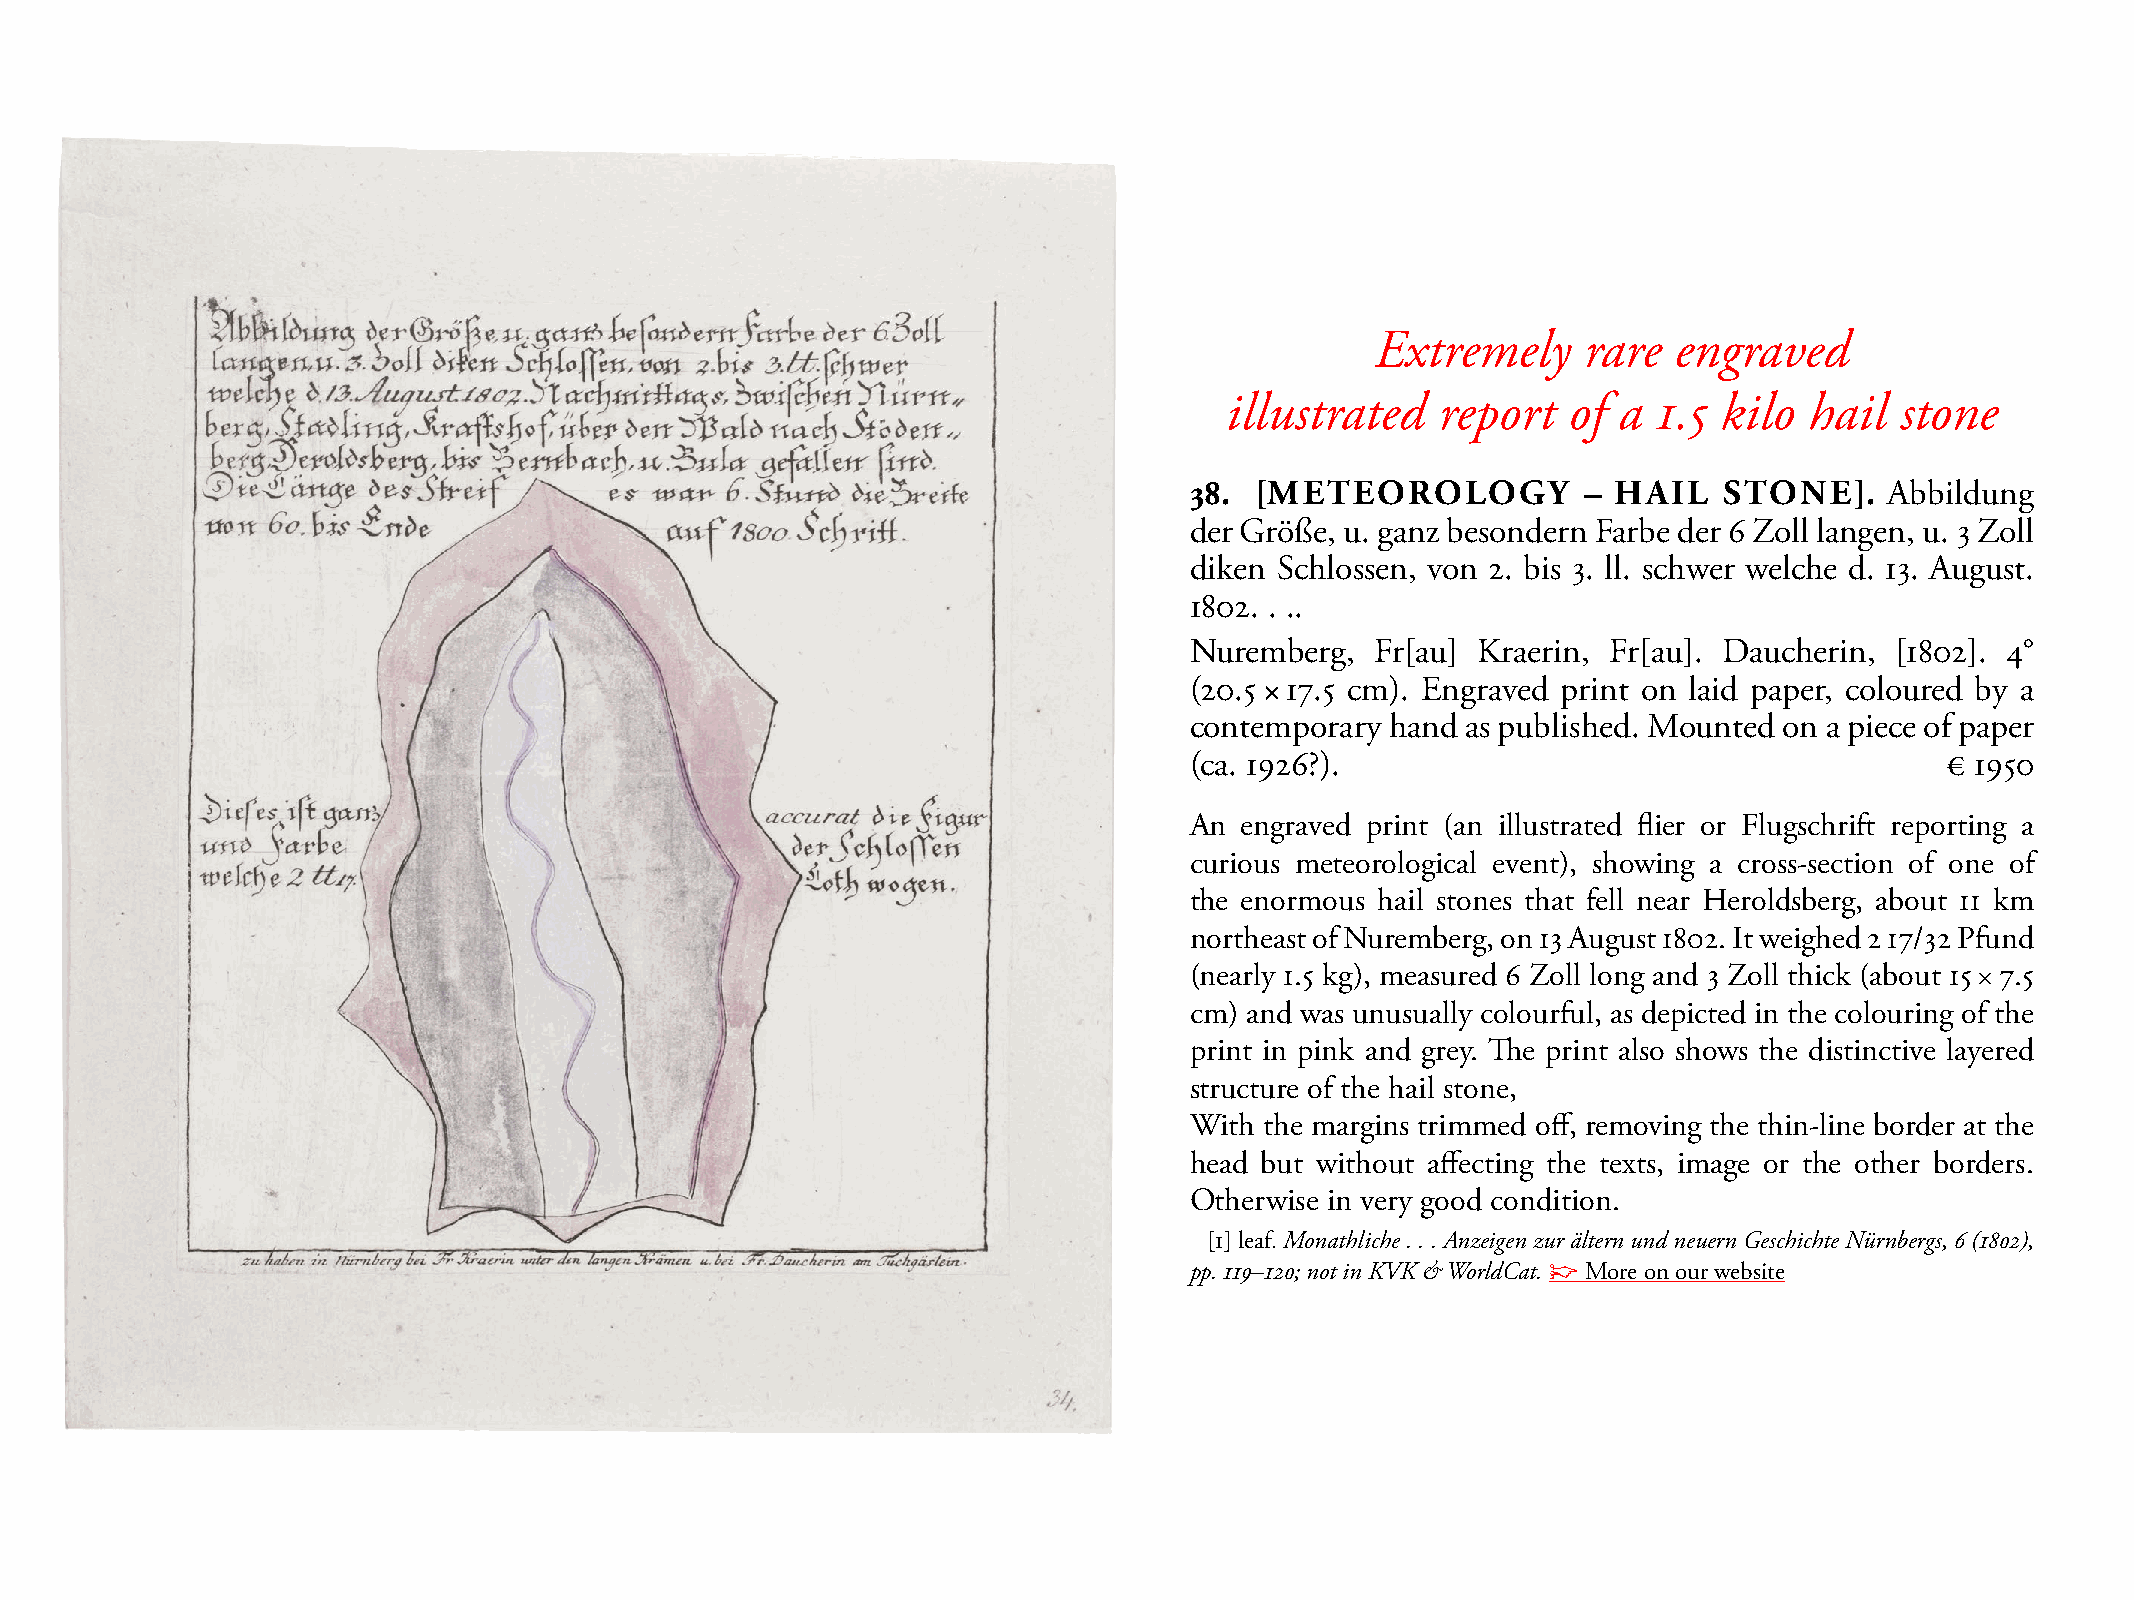
Extremely     rare  engraved
 illustrated   report   of a  1.5 kilo  hail  stone
 38. [METEOROLOGY          – HAIL   STONE].    Abbildung
 der Größe, u. ganz besondern Farbe der 6 Zoll langen, u. 3 Zoll
 diken schlossen, von 2. bis 3. ll. schwer welche d. 13. August.
 1802. . ..
 Nuremberg,  Fr[au] Kraerin, Fr[au]. Daucherin, [1802]. 4°
 (20.5 × 17.5 cm). Engraved print on laid paper, coloured by a
 contemporary hand as published. mounted on a piece of paper
 (ca. 1926?).                                      € 1950
 An engraved print (an illustrated flier or Flugschrift reporting a
 curious meteorological event), showing a cross-section of one of
 the enormous hail stones that fell near Heroldsberg, about 11 km
 northeast of Nuremberg, on 13 August 1802. It weighed 2 17/32 Pfund
 (nearly 1.5 kg), measured 6 Zoll long and 3 Zoll thick (about 15 × 7.5
 cm) and was unusually colourful, as depicted in the colouring of the
 print in pink and grey. The print also shows the distinctive layered
 structure of the hail stone,
 With the margins trimmed off, removing the thin-line border at the
 head but without affecting the texts, image or the other borders.
 Otherwise in very good condition.
 [1] leaf. Monathliche . . . Anzeigen zur ältern und neuern Geschichte Nürnbergs, 6 (1802),
 pp. 119–120; not in KVK & WorldCat. ☞ more on our website